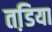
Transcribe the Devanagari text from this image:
तडि़या